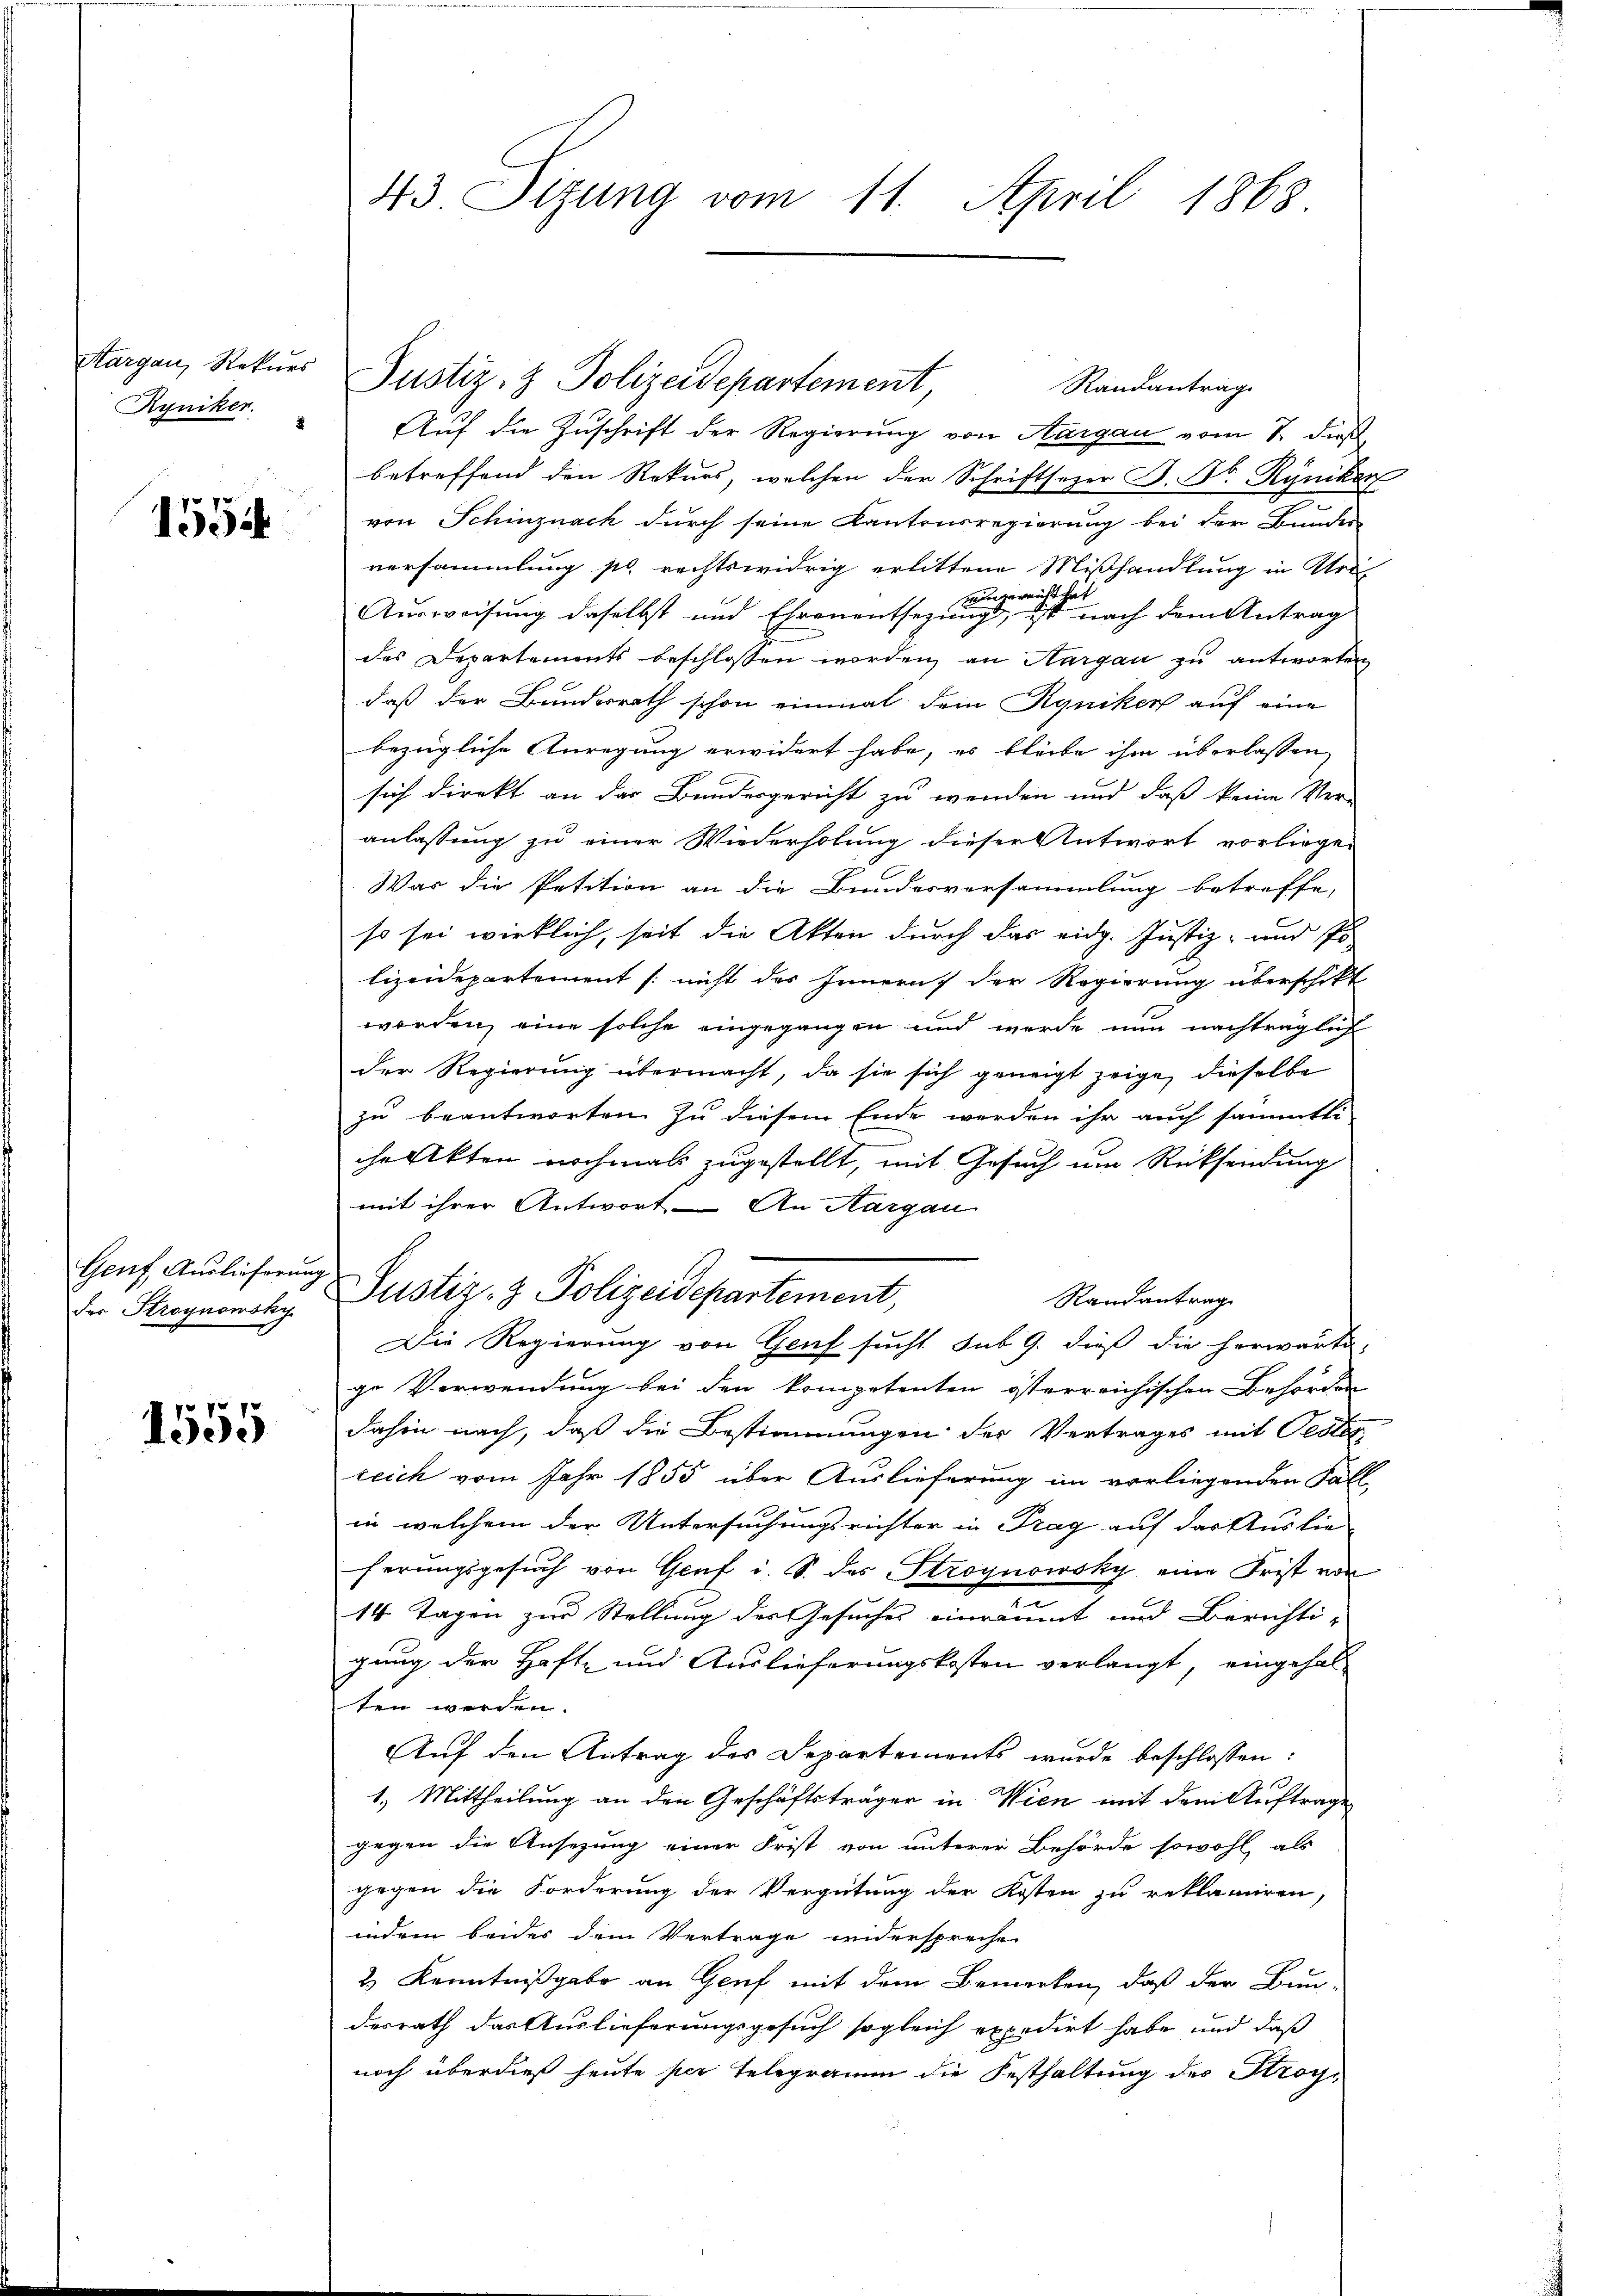
Aargau, Rekurs
Ryniker.

1554

Genf, Auslieferung
der Stroynowsky

1555

43 Sizung vom 11. April 1868

Justiz- & Polizeidepartement
Randantrag
Auf die Zuschrift der Regierung von Aargau vom 7. dieß
betreffend den Rekurs, welchen der Schriftsezer B. Dr. Ryniker
von Schinznach durch seine Kantonsregierung bei der Bundes
versammlung pr. rechtswidrig erlittene Mißhandlung in Uri
vingereicht hat
Ausweisung daselbst und Ehrenentsezung, ist nach dem Antrag
des Departements beschlossen worden, an Hargau zu antworten
daß der Bundesrath schon einmal dem Ryniker auf eine
bezügliche Anregung erwidert habe, es bleibe ihm überlassen,
sich direkt an das Bundesgericht zu wenden und daß keine Ver-
anlassung zu einer Wiederholung dieser Antwort vorliege
War die Petition an die Bundesversammlung betreffe,
so sei wirklich, seit die Akten durch das eidg. Justiz- und so
lizeidepartement [nicht des Innern der Regierung überschikt
worden, eine solche eingegangen und werde nun nachträglich
der Regierung übermacht, da sie sich geneigt zeige, dieselbe
zu beantworten zu diesem Ende werden ihr auch sämmtli-
che Akten nochmals zugestellt, mit Gesuch um Rücksendung
mit ihrer Antwort – An Aargau
Justiz- & Polizeidepartement,
Randantrage
Die Regierung von Genf sucht sub 9. dieß die herwärte,
ge Verwendung bei den kompetenten österreichischen Behörden
dahin nach, daß die Bestimmungen des Vertrages mit Pestan
reich vom Jahr 1855 über Auslieferung im vorliegenden Fall
in welchem der Untersuchungsrichter in Prag auf das Auslie-
ferungsgesuch von Genf i. S. des Stroynowsky eine Frist von
14 Tagen zur Stellung des Gesuches einräumt und Berichtigung der Haft- und Auslieferungskosten verlangt, eingehalten werden.
Auf den Antrag des Departements wurde beschlossen:
1.) Mittheilung an den Geschäftsträger in Wien mit dem Auftrage
gegen die Ansezung einer Frist von unterer Behörde sowohl, als
gegen die Forderung der Vergütung der Kosten zu reklamiren,
indem beides dem Vertrage widerspreche
2) Kenntnißgabe an Genf mit dem Bemerken, daß der Bun-
desrath das Auslieferungsgesuch sogleich expedirt habe und daß
noch überdieß heute per Telegramm die Festhaltung des Stroy¬